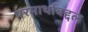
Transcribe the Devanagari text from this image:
परमार्थाबद्दल